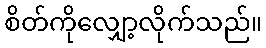
စိတ်ကိုလျှော့လိုက်သည်။